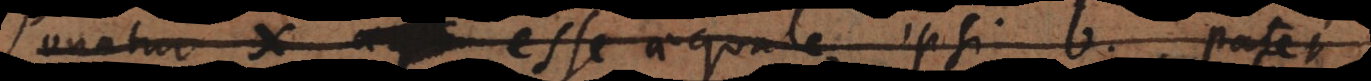
Ponatur x aequ esse aequale ipsi b. patet